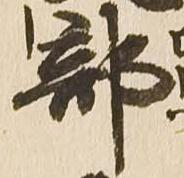
部